Observations on rabies - Number 36
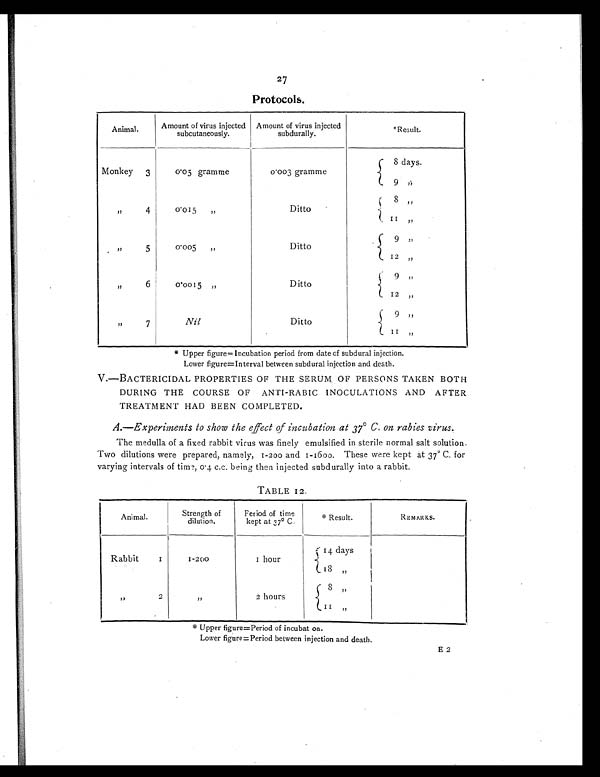
27
Protocols.
Animal.
Amount of virus injected
subcutaneously.
Amount of virus injected
subdurally.
*Result.
Monkey 3
0·05 gramme
0·003 gramme
8 days.
9 „ „
4
0·015
„
Ditto
8 „
11 „ „
5
0.005 „
Ditto
9 „
12 „
„
6
0·0015 „
Ditto
9 „
12 „
„
7
Nil
Ditto
9 „
11 „
* Upper figure= incubation period from date of subdural injection.
Lower figure=Interval between subdural injection and death.
V.—BACTERICIDAL PROPERTIES OF THE SERUM OF PERSONS TAKEN BOTH
DURING THE COURSE OF ANTI-RABIC INOCULATIONS AND AFTER
TREATMENT HAD BEEN COMPLETED.
A.—Experiments to show the effect of incubation at 37° C. on rabies virus.
The medulla of a fixed rabbit virus was finely emulsified in sterile normal salt solution.
Two dilutions were prepared, namely, 1-200 and 1-1600. These were kept at 37° for
varying intervals of time, 0 . 4 c.c. being then injected subdurally into a rabbit.
TABLE 12.
Animal.
Strength of
dilution.
Period of time
kept at 37° C.
* Result.
REMARKS.
Rabbit 1
1-200
1 h o u r
14 days
13 „
„
2
„
2 hours
8
„
11 „
* U p p e r f i g u r e = P e r i o d o f i n c u b a t o n .
Lower figure=Period between injection and death.
E 2
E2